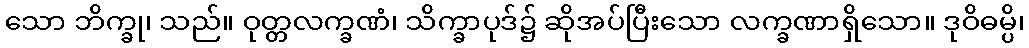
သော ဘိက္ခု၊ သည်။ ဝုတ္တလက္ခဏံ၊ သိက္ခာပုဒ်၌ ဆိုအပ်ပြီးသော လက္ခဏာရှိသော။ ဒုဝိဓမ္ပိ၊